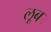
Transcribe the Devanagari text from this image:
लूब